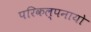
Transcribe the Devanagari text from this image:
परिकल्पनायो